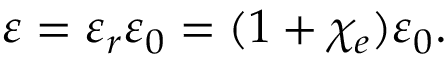
\varepsilon = \varepsilon _ { r } \varepsilon _ { 0 } = ( 1 + \chi _ { e } ) \varepsilon _ { 0 } .